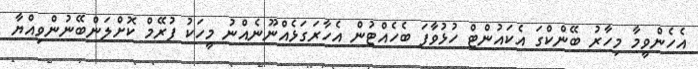
އެހެންވީމާ މިހާރު ބޭންކްގަ އެކައުންޓް ހުޅުވާފަ ބެހެއްޓުން އެހާރަގަޅެއްނޫނެއްނު މީހަކު ފުރޭމް ކޮށްލަންބޭނުންވިއްޔާ